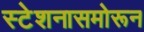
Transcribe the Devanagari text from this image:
स्टेशनासमोरून